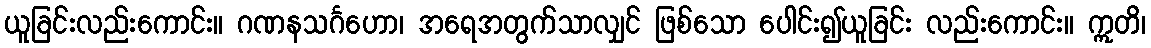
ယူခြင်းလည်းကောင်း။ ဂဏနသင်္ဂဟော၊ အရေအတွက်သာလျှင် ဖြစ်သော ပေါင်း၍ယူခြင်း လည်းကောင်း။ ဣတိ၊